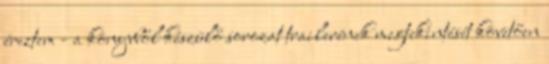
éreztem - a könyvből készülő sorozat trailerének megtekintését követően